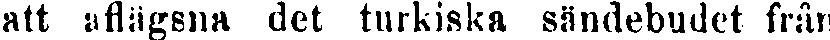
att aflägsna det turkiska sändebudet från